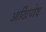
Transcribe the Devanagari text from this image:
आर्खिपोव